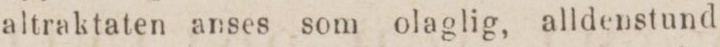
altraktaten anses som olaglig, alldenstund